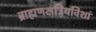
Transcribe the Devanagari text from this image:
ब्राह्मणक्षत्रियविशां